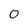
Character: 0